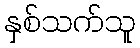
နှစ်သက်သူ